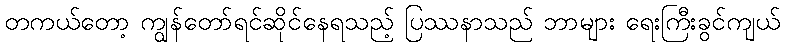
တကယ်တော့ ကျွန်တော်ရင်ဆိုင်နေရသည့် ပြဿနာသည် ဘာများ ရေးကြီးခွင်ကျယ်